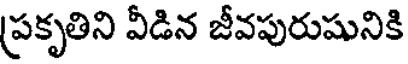
ప్రకృతిని వీడిన జీవపురుషునికి